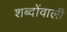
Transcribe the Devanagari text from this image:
शब्दोंवाली